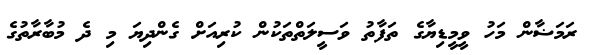
ރަމަޟާން މަހު ވީމީޑިޔާގެ ތަފާތު ވަސީލަތްތަކުން ކުރިއަށް ގެންދިޔަ މި ދެ މުބާރާތުގެ